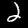
Digit: 2